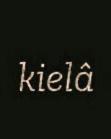
kielâ